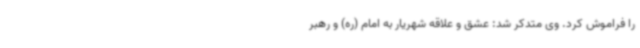
را فراموش کرد. وی متدکر شد: عشق و علاقه شهریار به امام (ره) و رهبر